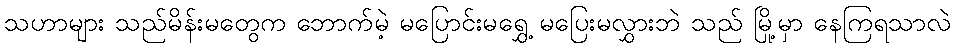
သဟာများ သည်မိန်းမတွေက ဘောက်မဲ့ မပြောင်းမရွှေ့ မပြေးမလွှားဘဲ သည် မြို့မှာ နေကြရသာလဲ